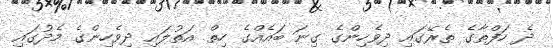
ދެ ހަފްތާގެ ތެރޭގައި ދިވެހިންގެ ގިނަ ބައެއްގެ ހިތް އަތުލައި ދިވެހިންގެ މެދުގައި